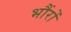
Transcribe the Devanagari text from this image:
भौंरों